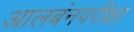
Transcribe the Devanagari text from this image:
आलबंनपरीक्षा